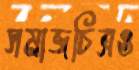
সমাজচিত্রও